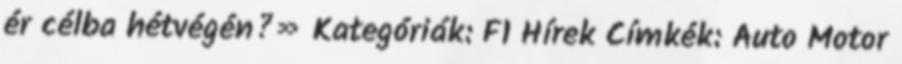
ér célba hétvégén?» Kategóriák: F1 Hírek Címkék: Auto Motor